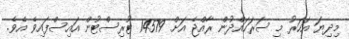
މިދިޔަ އަހަރު މި ސަރަހައްދުން ރާއްޖެ އަށް 14579 ޓޫރިސްޓުން އައިސްފައިވެ އެވެ.